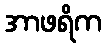
အာဖရိက